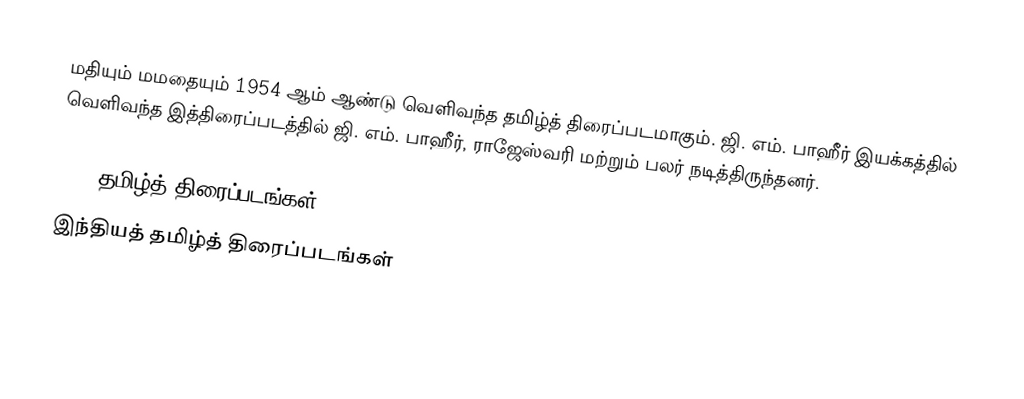
மதியும் மமதையும் 1954 ஆம் ஆண்டு வெளிவந்த தமிழ்த் திரைப்படமாகும். ஜி. எம். பாஹீர் இயக்கத்தில் வெளிவந்த இத்திரைப்படத்தில் ஜி. எம். பாஹீர், ராஜேஸ்வரி மற்றும் பலர் நடித்திருந்தனர்.

1954 தமிழ்த் திரைப்படங்கள்
இந்தியத் தமிழ்த் திரைப்படங்கள்